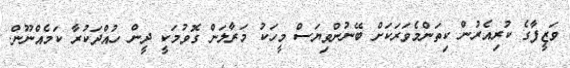
ވަޒީފާގެ ކުރިއެރުން ކިތަންމެވަރަކަށް ބޭނުންވިޔަސް މީހަކު މަރާލަން ގޮވުމަކީ ދީން ހުއްދަކުރާ ކަމެއްނޫން.